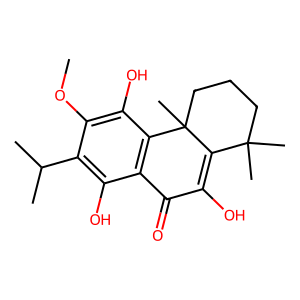
SMILES: COc1c(O)c2c(c(O)c1C(C)C)C(=O)C(O)=C1C(C)(C)CCCC12C
Inhibits HIV replication: No